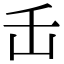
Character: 𬼈